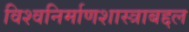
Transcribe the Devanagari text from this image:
विश्वनिर्माणशास्त्राबद्दल